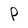
Character: P